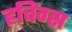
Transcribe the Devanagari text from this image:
हचिंग्स